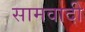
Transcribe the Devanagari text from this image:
सामवादी